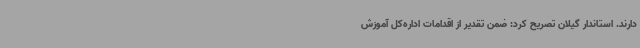
دارند. استاندار گیلان تصریح کرد: ضمن تقدیر از اقدامات اداره‌کل آموزش